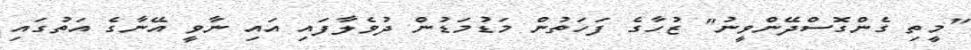
"މީތި ގެންގޮސްދޭންވީނު" ޒުހާގެ ފަހަތުން މަޑުމަޑުން ދުވެލާފައި އައި ނާވީ އޭނާގެ އަތުގައި